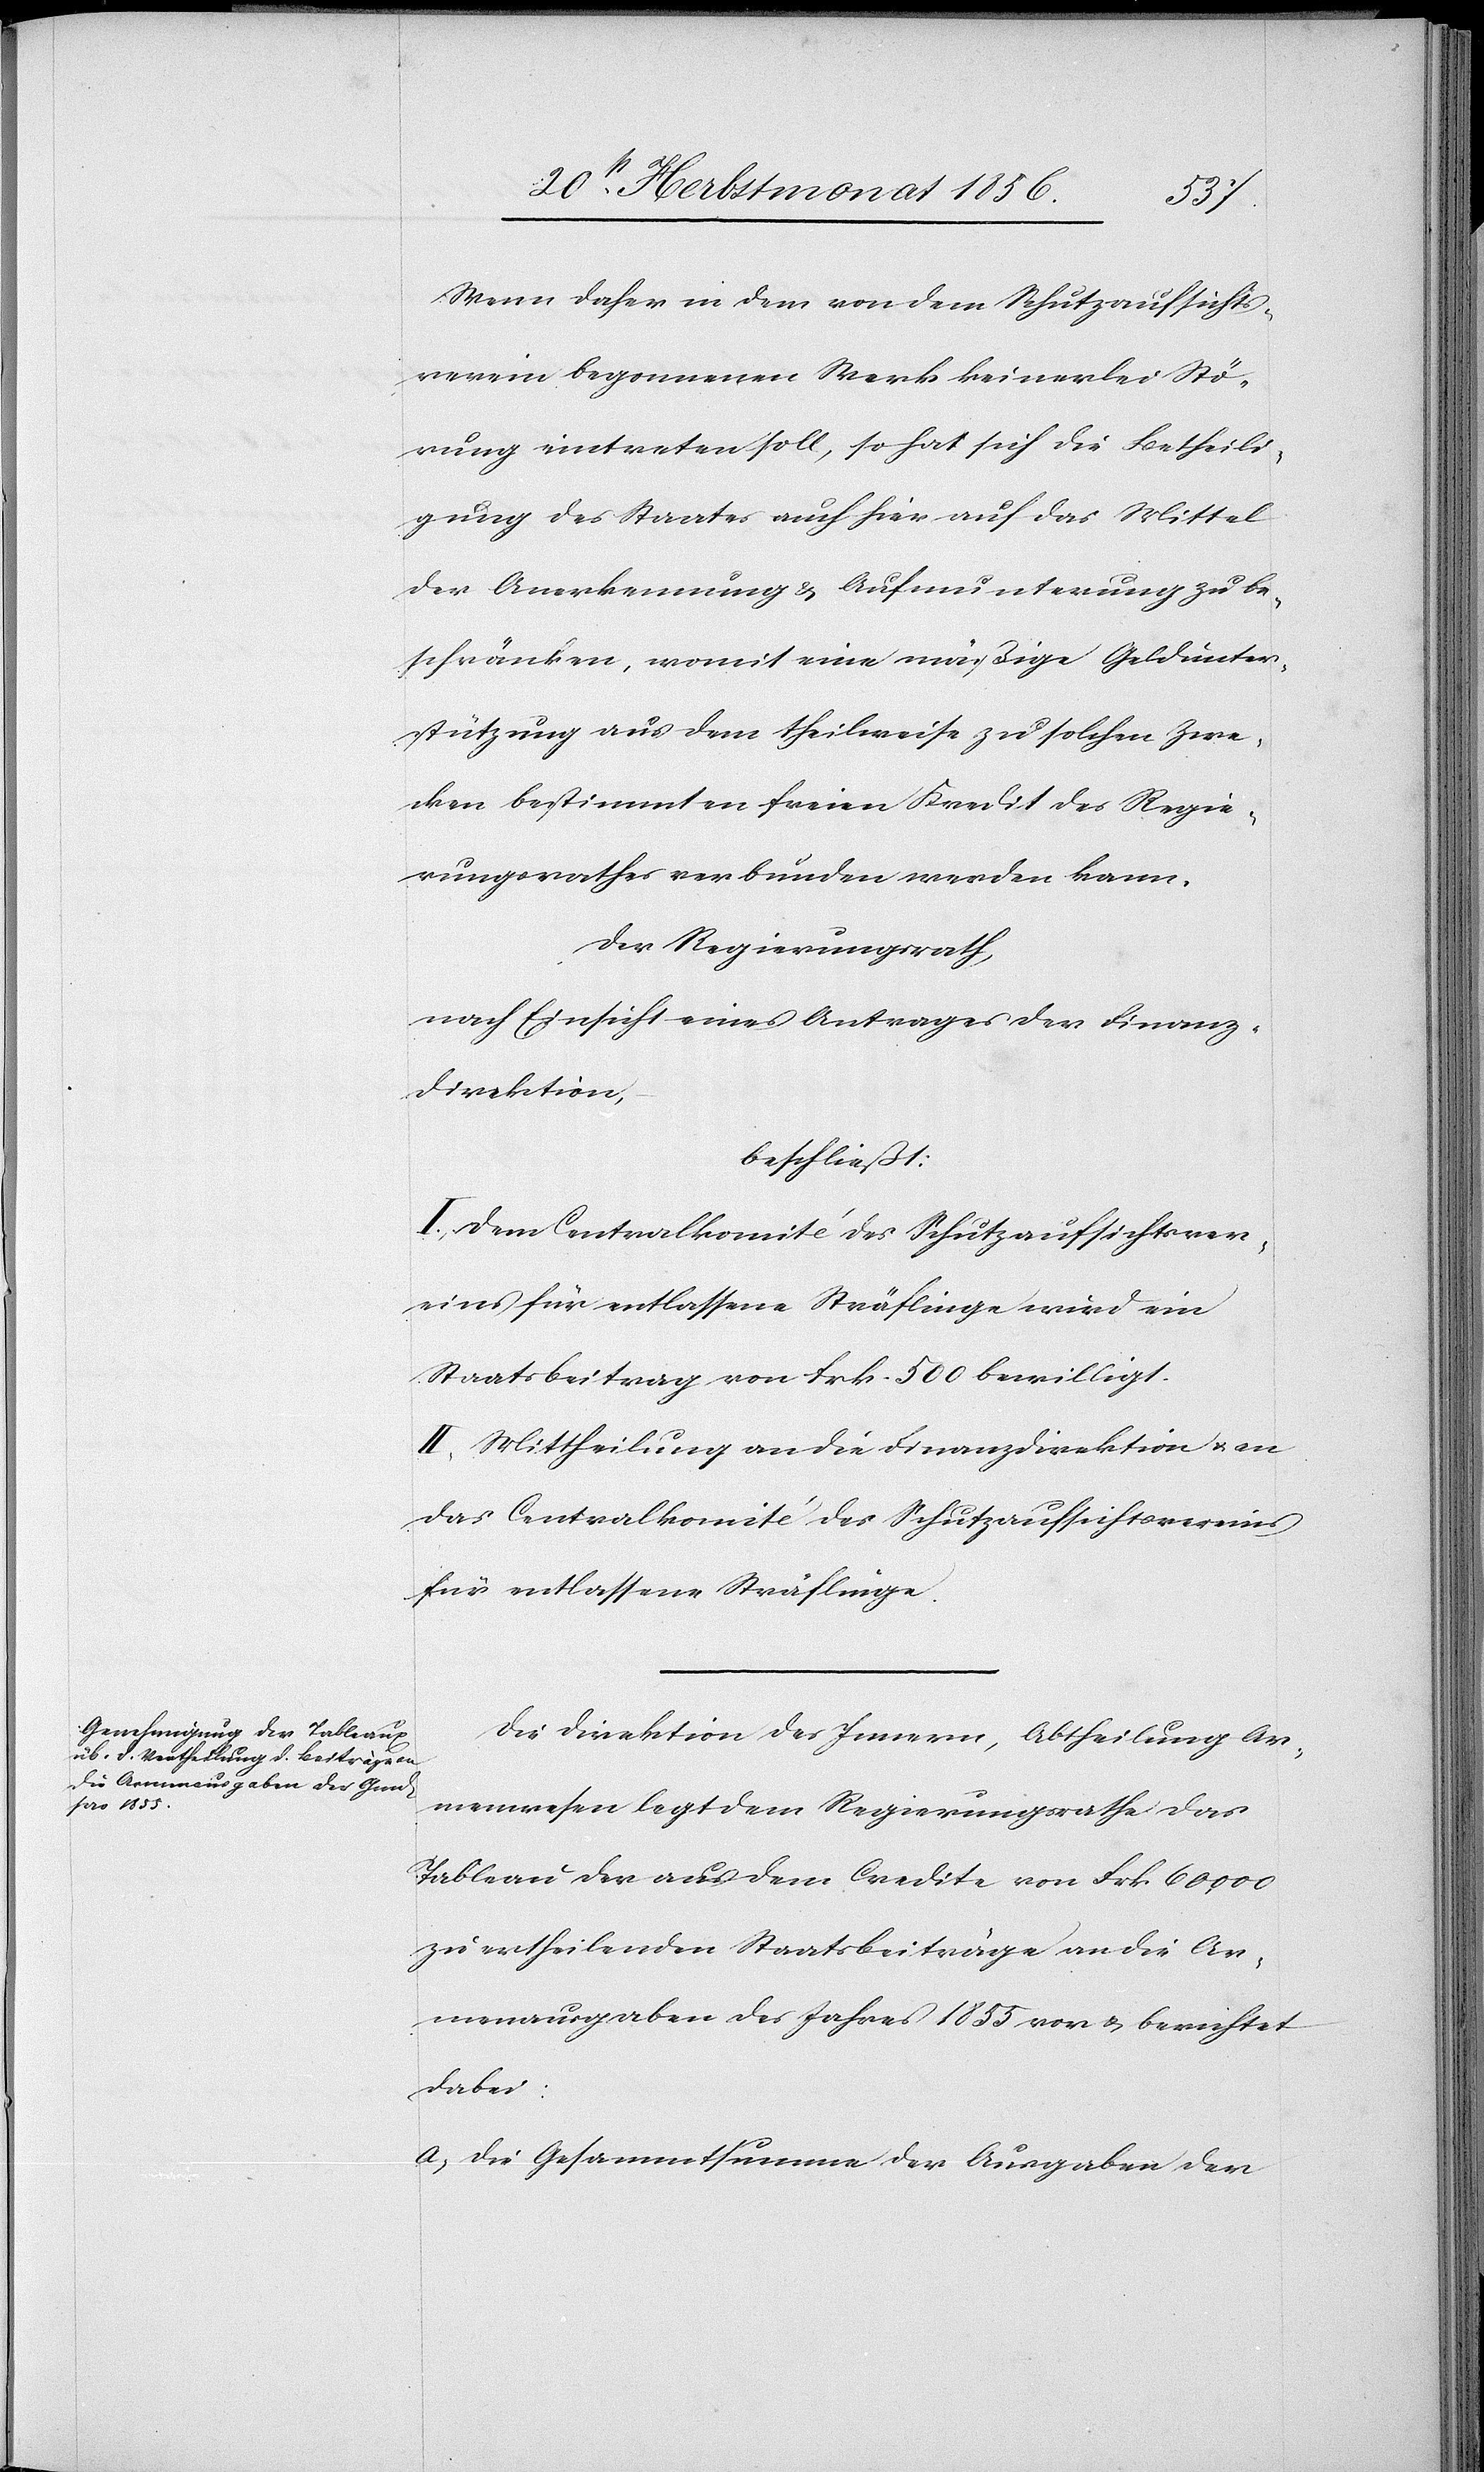
Wenn daher in dem von dem Schutzaufsichts¬
verein begonnenen Werk keinerlei Stö¬
rung eintreten soll, so hat sich die Betheili¬
gung des Staates auch hier auf das Mittel
der Anerkennung & Aufmunterung zu be¬
schränken, womit eine mäßige Geldunter¬
stützung aus dem theilweise zu solchen Zwe¬
cken bestimmten freien Kredit des Regie¬
rungsrathes verbunden werden kann.
Der Regierungsrath,
nach Einsicht eines Antrages der Finanz¬
direktion,
beschließt:
I.) Dem Centralkomité des Schutzaufsichtsver¬
eins für entlassene Sträflinge wird ein
Staatsbeitrag von Frk. 500 bewilligt.
II.) Mittheilung an die Finanzdirektion & an
das Centralkomité des Schutzaufsichtsvereins
für entlassene Sträflingen.
Die Direktion des Innern, Abtheilung Ar¬
menwesen legt dem Regierungsrathe das
Tableau der aus dem Credite von Frk. 60,000
zu ertheilenden Staatsbeiträge an die Ar¬
menausgaben des Jahres 1855 vor & berichtet
dabei:
a) Die Gesammtsumme der Ausgaben der